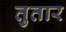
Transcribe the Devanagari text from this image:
तुतार